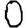
Digit: 0